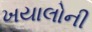
ખયાલોની